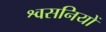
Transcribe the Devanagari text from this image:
श्वसनियों